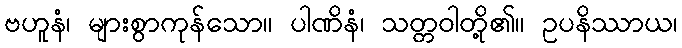
ဗဟူနံ၊ များစွာကုန်သော။ ပါဏိနံ၊ သတ္တဝါတို့၏။ ဥပနိဿာယ၊